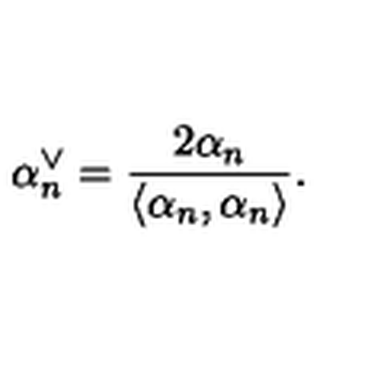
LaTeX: \alpha _ { n } ^ { \vee } = \frac { 2 \alpha _ { n } } { \langle \alpha _ { n } , \alpha _ { n } \rangle } .